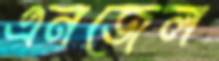
এনজেল